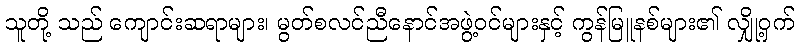
သူတို့ သည် ကျောင်းဆရာများ၊ မွတ်စလင်ညီနောင်အဖွဲ့ဝင်များနှင့် ကွန်မြူနစ်များ၏ လျှို့ဝှက်